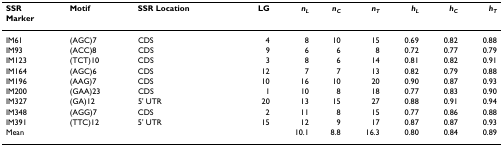
| SSRMarker | Motif | SSR Location | LG | nL | nC | nT | hL | hC | hT |
 | --- | --- | --- | --- | --- | --- | --- | --- | --- | --- |
 | IM61 | (AGC)7 | CDS | 4 | 8 | 10 | 15 | 0.69 | 0.82 | 0.88 |
 | IM93 | (ACC)8 | CDS | 9 | 6 | 6 | 8 | 0.72 | 0.77 | 0.79 |
 | IM123 | (TCT)10 | CDS | 3 | 8 | 6 | 14 | 0.81 | 0.82 | 0.91 |
 | IM164 | (AGC)6 | CDS | 12 | 7 | 7 | 13 | 0.82 | 0.79 | 0.88 |
 | IM196 | (AAG)7 | CDS | 10 | 16 | 10 | 20 | 0.90 | 0.87 | 0.93 |
 | IM200 | (GAA)23 | CDS | 1 | 10 | 8 | 18 | 0.77 | 0.83 | 0.90 |
 | IM327 | (GA)12 | 5' UTR | 20 | 13 | 15 | 27 | 0.88 | 0.91 | 0.94 |
 | IM348 | (AGG)7 | CDS | 2 | 11 | 8 | 15 | 0.77 | 0.86 | 0.88 |
 | IM391 | (TTC)12 | 5' UTR | 15 | 12 | 9 | 17 | 0.87 | 0.87 | 0.93 |
 | Mean |  |  |  | 10.1 | 8.8 | 16.3 | 0.80 | 0.84 | 0.89 |